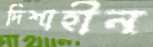
দিশাহীন